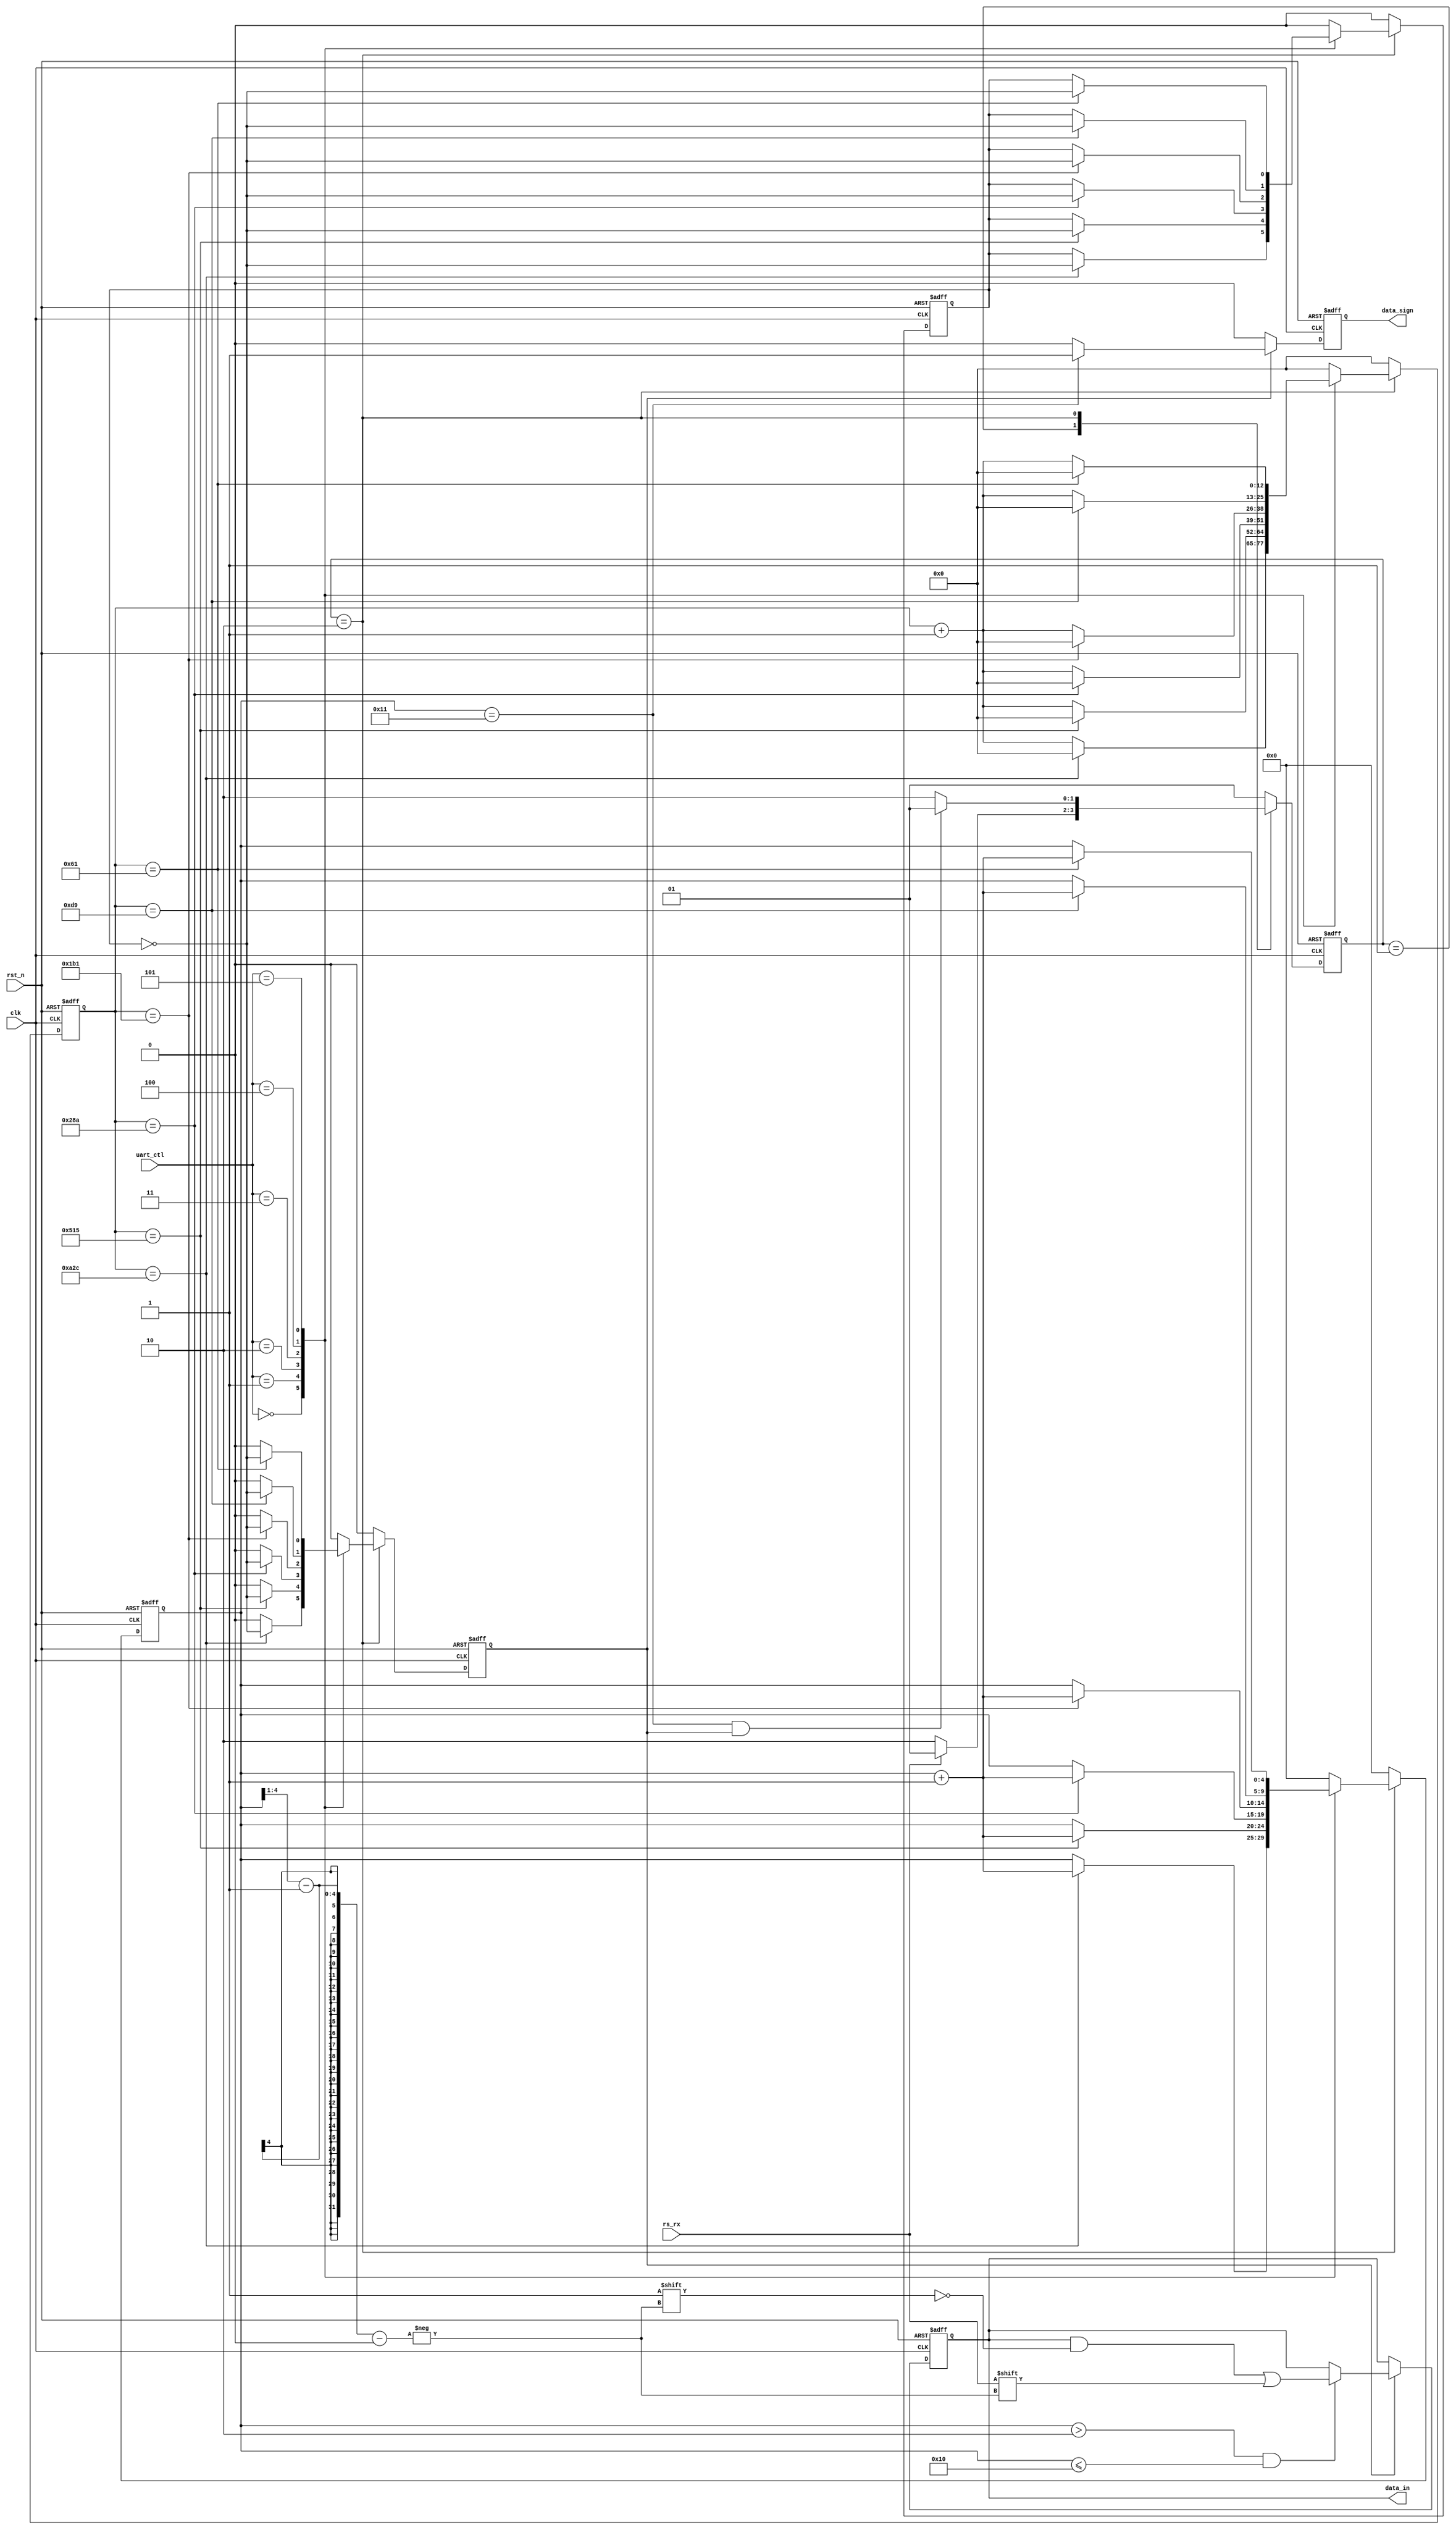
`timescale 1ns / 1ps
//////////////////////////////////////////////////////////////////////////////////
// Company: 
// Engineer: 
// 
// Design Name: 
// Module Name:    uart_rx 
// Project Name: 
// Target Devices: 
// Tool versions: 
// Description: 
//
// Dependencies: 
//
// Revision: 
// Revision 0.01 - File Created
// Additional Comments: 
//
//////////////////////////////////////////////////////////////////////////////////
module my_uart_rx7to7(
	clk,
	rst_n,
	uart_ctl,
	rs_rx,
	
	data_in,
	data_sign
    );
	
	input 	clk;
	input	rst_n;
	input	[2:0]	uart_ctl;
	input	rs_rx;
	
	output [6:0]	data_in;
	output data_sign;
	
	parameter 	bps9600_2 	= 13'd2604,
				bps19200_2	= 13'd1301,
				bps38400_2	= 13'd650,
				bps57600_2	= 13'd433,
				bps115200_2 = 13'd217,  
				bps256000_2 = 13'd97; 
				
				
				
	parameter	IDLE = 2'b01,
				TRAN = 2'b10;
				
	
	reg	[1:0]	state;
	
	reg			bps_sel, sign_sel;
	
	reg	[12:0]	cnt;
	
	reg	[4:0]	tran_cnt;
	
	reg	[6:0]	data_in;
	reg			data_sign;
	
	wire		recv_comp;
	
	assign recv_comp = (tran_cnt == 17 && bps_sel);
	
	
	always@(posedge clk or negedge rst_n)begin
		if(!rst_n)begin
			state <= IDLE;
		end
		else begin
			
			case(state)
				IDLE :  state <= ~rs_rx ? TRAN : IDLE;
				TRAN :  state <= recv_comp ? IDLE : TRAN;
				default: state <= IDLE;
			endcase
			
			
		end
	end
	
	
	always@(posedge clk or negedge rst_n)begin
		if(!rst_n)begin
			bps_sel <= 1'b0;
			sign_sel <= 1'b0;
			cnt <= 'h0;
			tran_cnt <= 'h0;
		end
		else begin
			if(state == TRAN ) begin
				case(uart_ctl)
					3'h0: if(cnt == bps9600_2) begin 
					       cnt <=  'h0; 			
							 bps_sel <= ~sign_sel; 
							 sign_sel <= ~sign_sel; 
							 tran_cnt <=  tran_cnt + 1'b1;  
							 end
						  else begin 
							cnt <=  cnt + 1'b1; 
							bps_sel <= 1'b0; 
							end
					3'h1: if(cnt == bps19200_2) begin 
							cnt <=  'h0; 			
							bps_sel <= ~sign_sel; 
							sign_sel <= ~sign_sel; 
							tran_cnt <=  tran_cnt + 1'b1;  
							end
						  else begin 
							cnt <=  cnt + 1'b1; 
							bps_sel <= 1'b0; 
							end
					3'h2: if(cnt == bps38400_2) begin 
							cnt <=  'h0; 			
							bps_sel <= ~sign_sel; 
							sign_sel <= ~sign_sel; 
							tran_cnt <=  tran_cnt + 1'b1; 
							end
						  else begin 
						  cnt <=  cnt + 1'b1; 
						  bps_sel <= 1'b0; 
						  end
					3'h3: if(cnt == bps57600_2) begin 
							cnt <=  'h0; 			
							bps_sel <= ~sign_sel; 
							sign_sel <= ~sign_sel; 
							tran_cnt <=  tran_cnt + 1'b1; 
							end
							else 	begin 
							cnt <=  cnt + 1'b1; 
							bps_sel <= 1'b0; 
							end
					3'h4: if(cnt == bps115200_2) begin 
							cnt <=  'h0; 			
							bps_sel <= ~sign_sel; 
							sign_sel <= ~sign_sel; 
							tran_cnt <=  tran_cnt + 1'b1; 
							end
						  else begin 
							cnt <=  cnt + 1'b1; 
							bps_sel <= 1'b0; end
					3'h5: if(cnt == bps256000_2) begin 
							cnt <=  'h0; 			
							bps_sel <= ~sign_sel; 
							sign_sel <= ~sign_sel; 
							tran_cnt <=  tran_cnt + 1'b1; 
							end
						  else begin 
						  cnt <=  cnt + 1'b1; 
						  bps_sel <= 1'b0; 
						  end
					default: begin 
								cnt <= 'h0; 
								tran_cnt <=  0; 
								bps_sel <= 'h0; 
								sign_sel <= 'h0; 
								end
				endcase
			end
			else  begin 
				cnt <= 'h0; 
				sign_sel <= 'h0; 
				bps_sel <= 1'b0; 
				tran_cnt <= 'h0; 
				bps_sel <= 1'b0; 
				end
			
		end
	end
	
	
	
	always@(posedge clk or negedge rst_n)begin
		if(!rst_n)begin
			data_in <= 'h0;
			data_sign <= 'h0;
		end
		else begin
			if(bps_sel)begin
				if(tran_cnt > 2 && tran_cnt <= 16) data_in[tran_cnt[4:1] - 1] <= rs_rx;
				 data_sign <= (tran_cnt == 17 ) ? 1'b1 : 1'b0;
			end
			else 	data_sign <= 1'b0;
			
		end
	end
	
	
	

endmodule